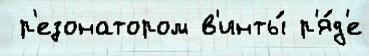
 р'езонатором в'инты́ р'я́д'е